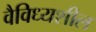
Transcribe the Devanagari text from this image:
वैविध्यशील